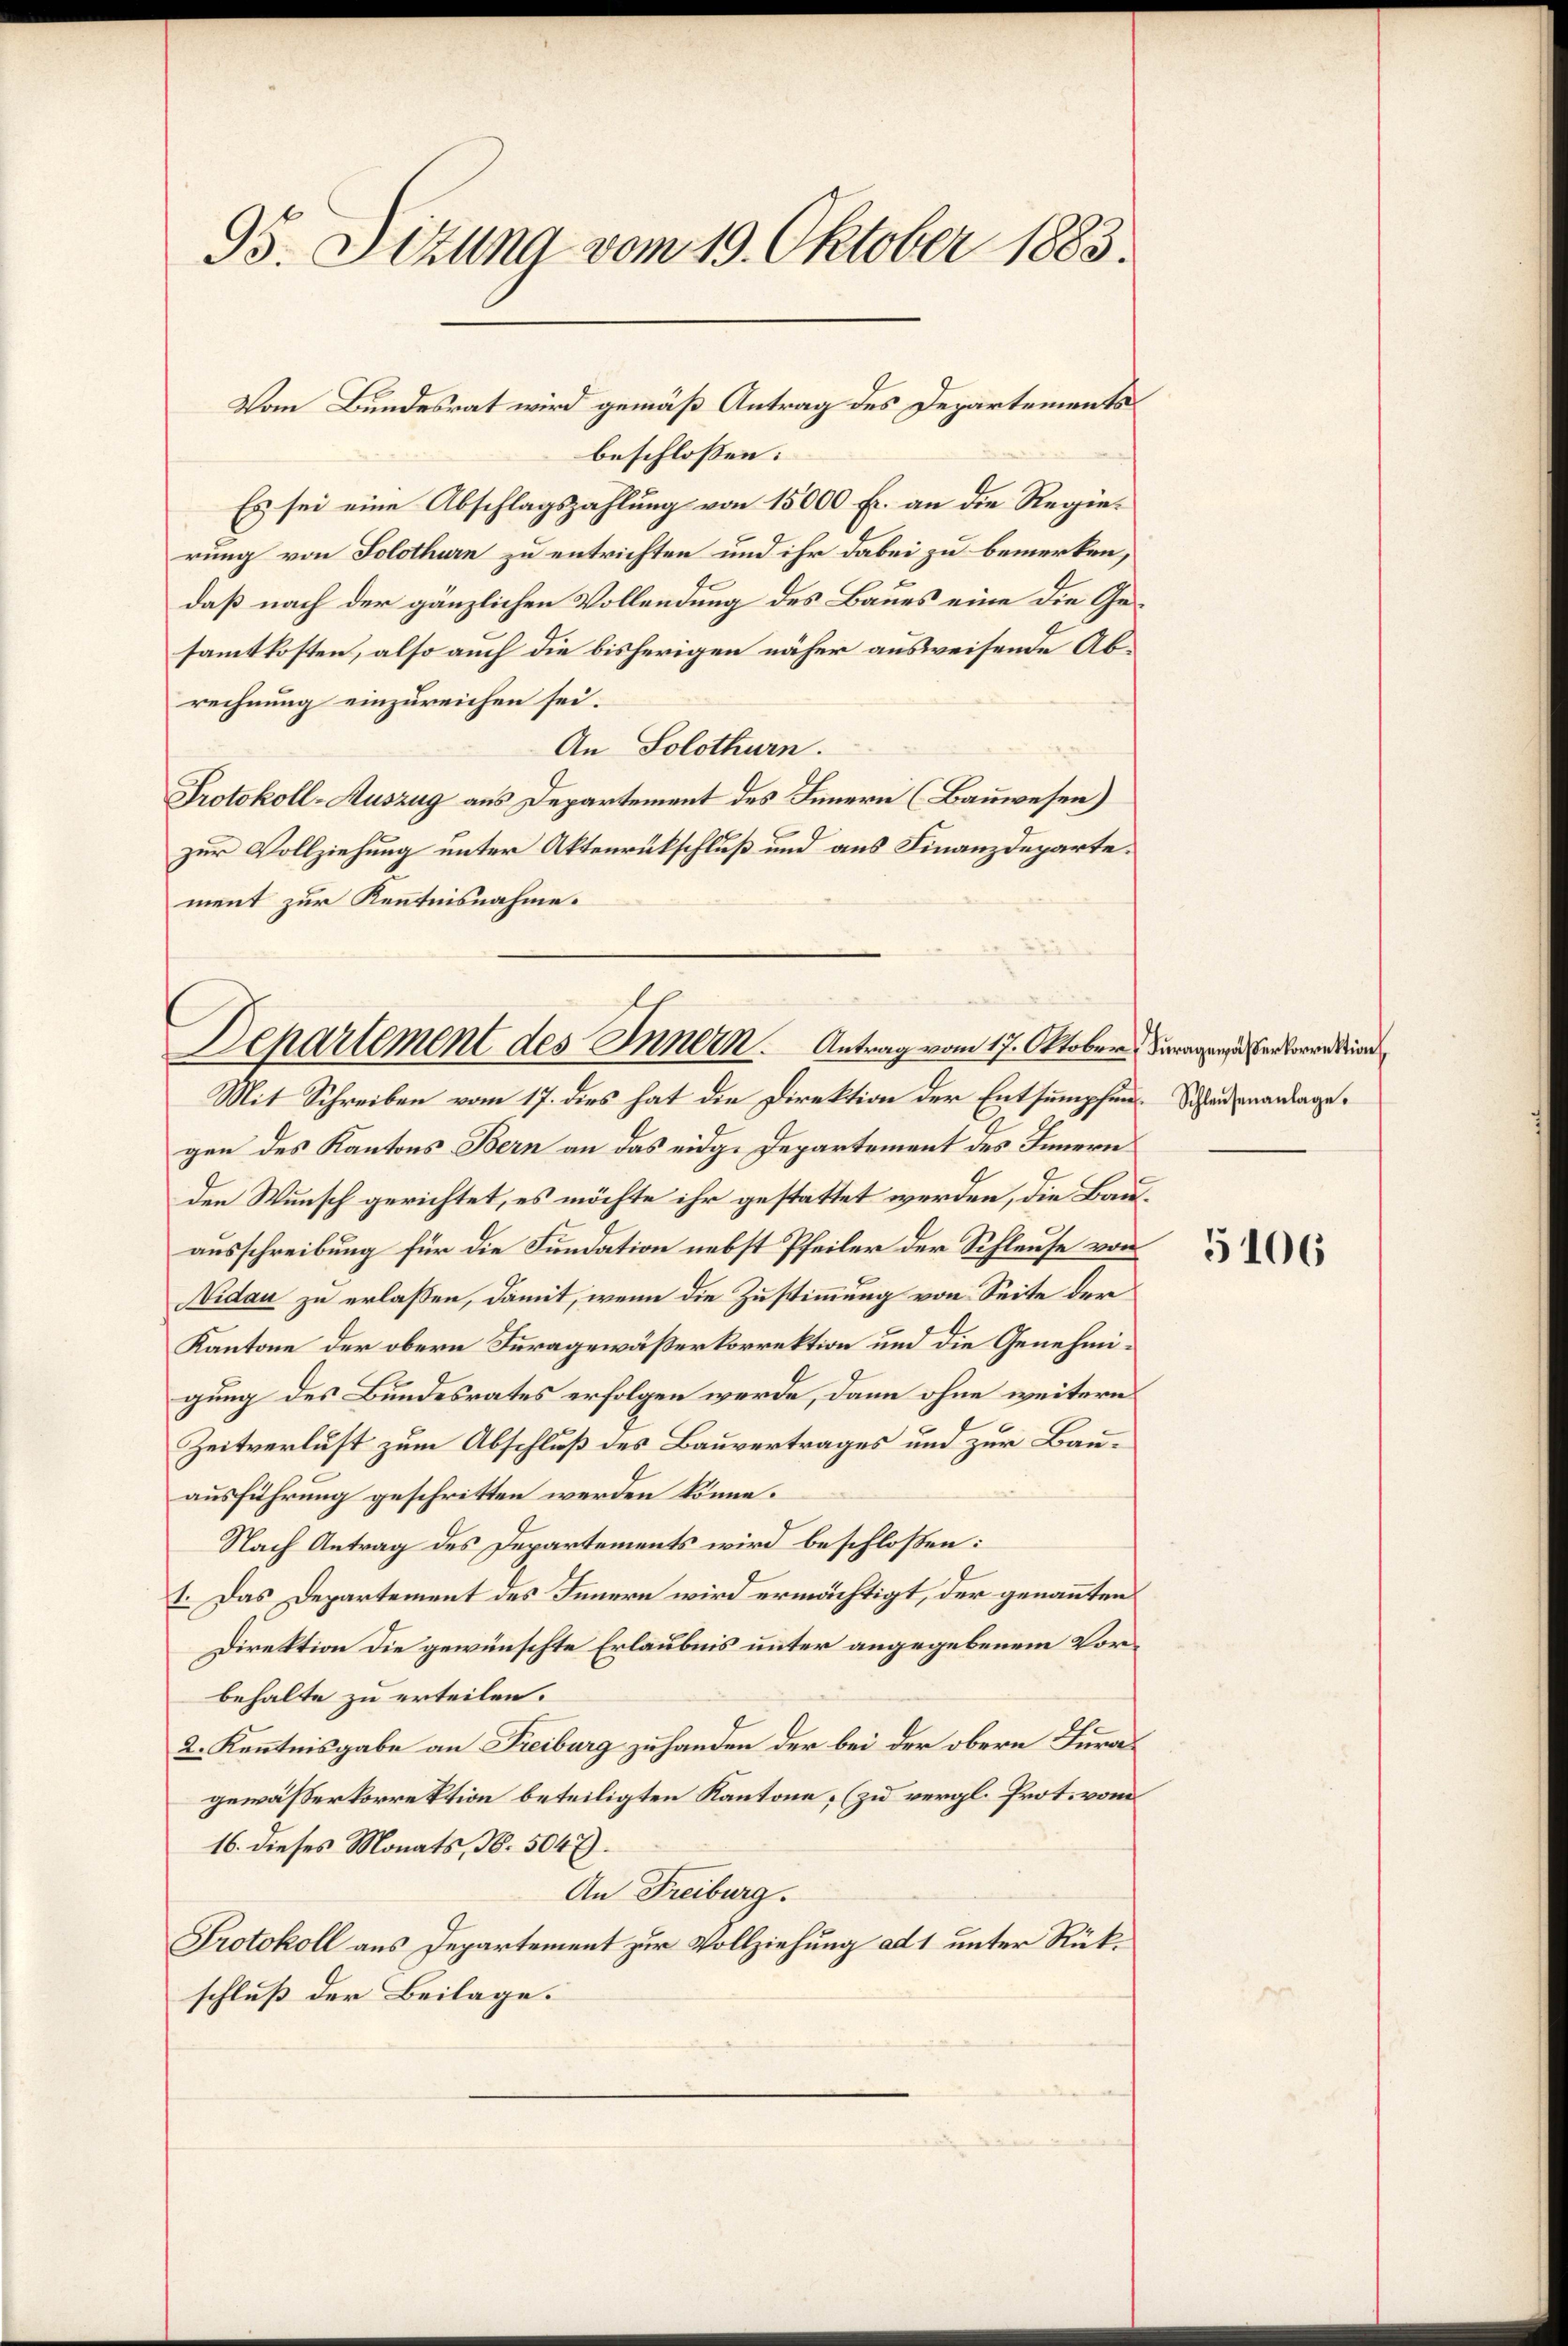
95. Sitzung vom 19. Oktober 1883.

beschlossen:
Es sei eine Abschlagszahlung von 15000 Fr. an die Regierung von Solothurn zu entrichten und ihr dabei zu bemerken,
daß nach der gänzlichen Vollendung des Baues eine die Gesammtkosten, also auch die bisherigen näher ausweisende Abrechnung einzureichen sei.
An Solothurn.
Protokoll-Auszug aus Departement des Innern (Bauwesen)
zur Vollziehung unter Aktenrückschluß und aus Finanzdeparte.
ment zur Kenntnisnahme.

Vom Bundesrat wird gemäß Antrag des Departements

Departement des Innern. Antrag vom 17. Oktober, Beragen entwendian

Mit Schreiben vom 17. dies hat die Direktion der Entsumpfen. Schadenanlage.
gen des Kantons Bern an das eidg. Departement des Innern
den Wunsch gerichtet, es möchte ihr gestattet werden, die Bauausschreibung für die Fundation nebst Pfeiler der Schleuse von
Vidau zu erlaßen, damit, wenn die Zustimmung von Seite der
Kantone der obern Furagewäßerkorrektion und die Genehmigung des Bundesrates erfolgen werde, dann ohne weitern
Zeitverlust zum Abschluß des Bauvertrages und zur Bauausführung geschritten werden könne.
Nach Antrag des Departements wird beschloßen:
1. Das Departement des Innern wird ermächtigt, der genannten
Direktion die gewünschte Erlaubnis unter angegebenem Vorbehalte zu erteilen.
2. Kenntnisgabe an Freiburg zu handen der bei der obern Luragewässerkorrektion beteiligten Kantone, (zu vergl. Prot. vom
16. dieses Monats, No. 5047).
An Freiburg.
Protokoll aus Departement zur Vollziehung ad 1 unter Rükschluß der Beilage.

5106